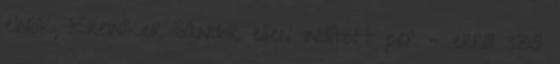
elnök, Kreiniker Sándor ellen indított per – erről szól